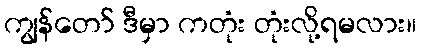
ကျွန်တော် ဒီမှာ ကတုံး တုံးလို့ရမလား။